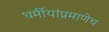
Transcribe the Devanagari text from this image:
धर्मीयांप्रमाणेच